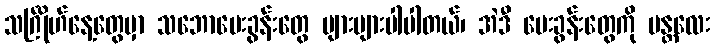
သင်္ဂြိုဟ်နေ့တွေမှာ သဘောမေးခွန်းတွေ များများပါပါတယ်၊ အဲဒီ မေးခွန်းတွေကို မန္တလေး